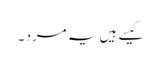
کیسے ہیں یہ مرد ۔